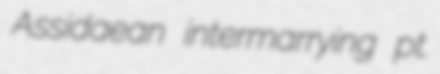
Assidaean intermarrying pt.